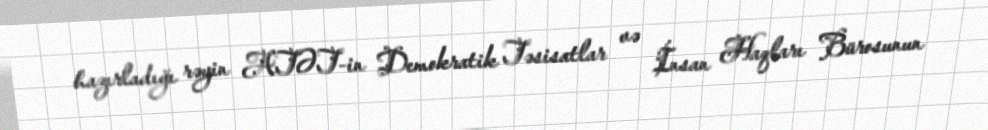
hazırladığı rəyin ATƏT-in Demokratik Təsisatlar və İnsan Haqları Bürosunun